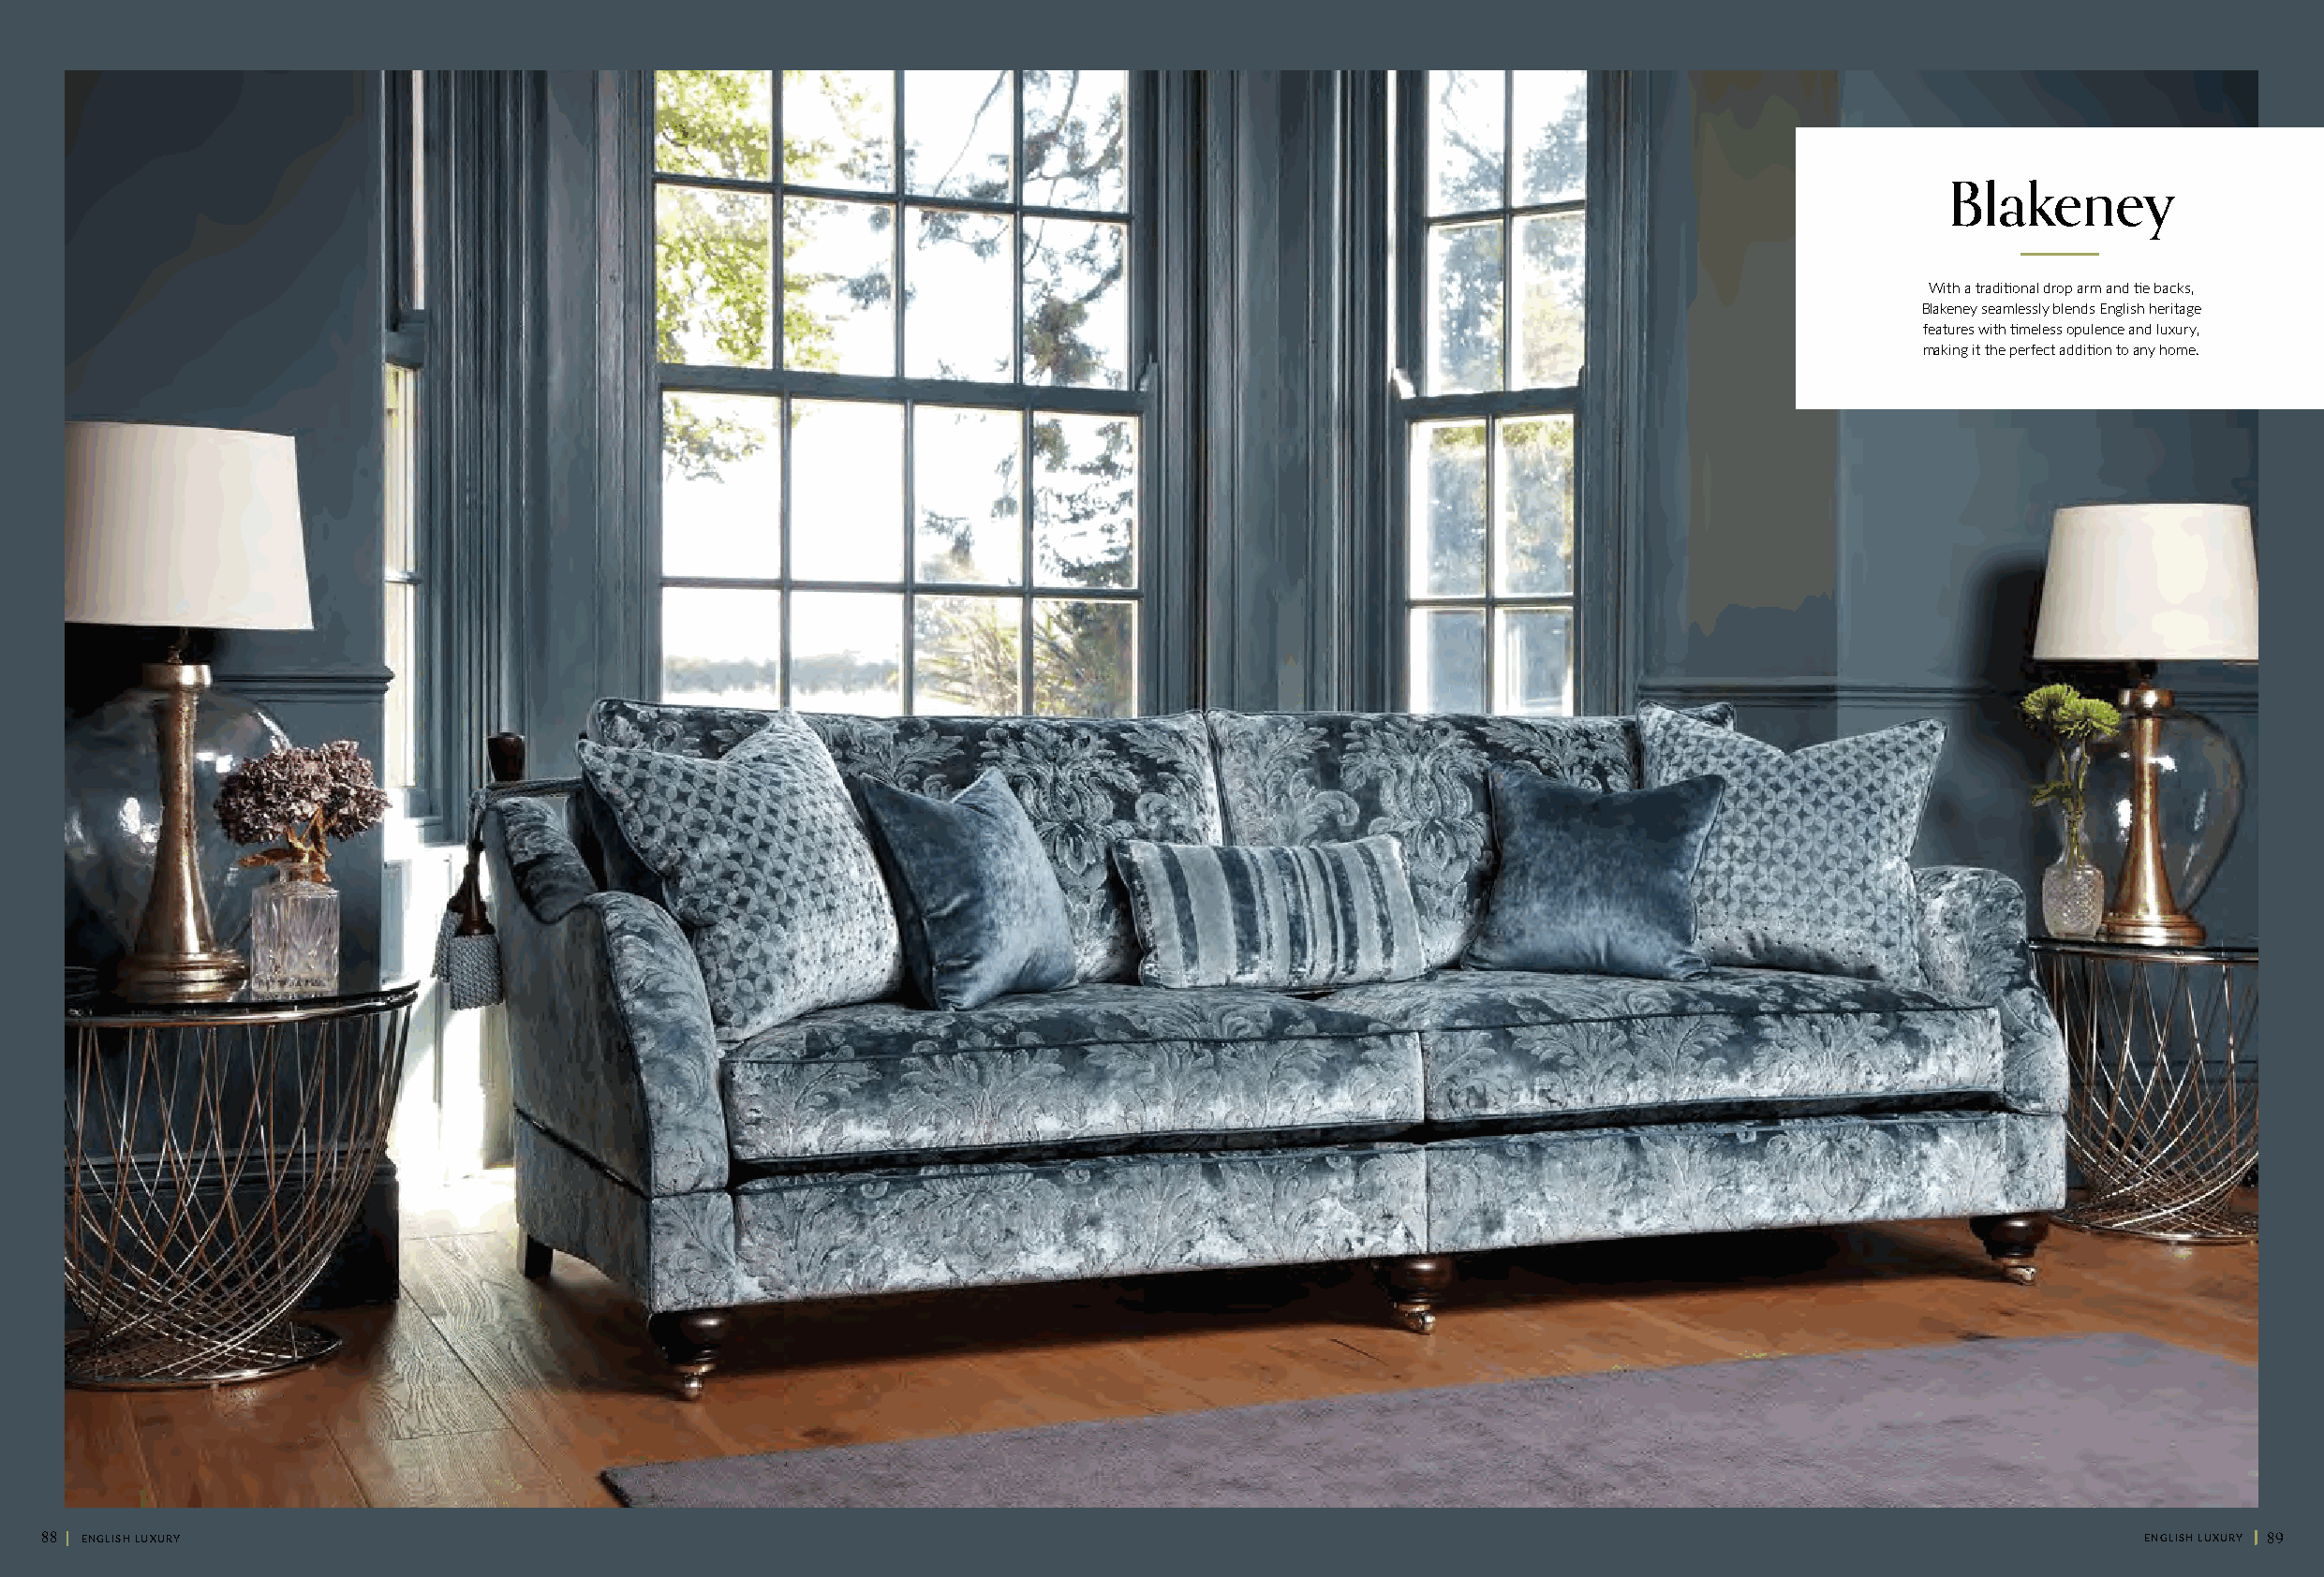
Blakeney
 With a traditional drop arm and tie backs,
 Blakeney seamlessly blends English heritage
 features with timeless opulence and luxury,
 making it the perfect addition to any home.
 88 || ENGLISH LUXURY                                                                                                                                ENGLISH LUXURY || 89